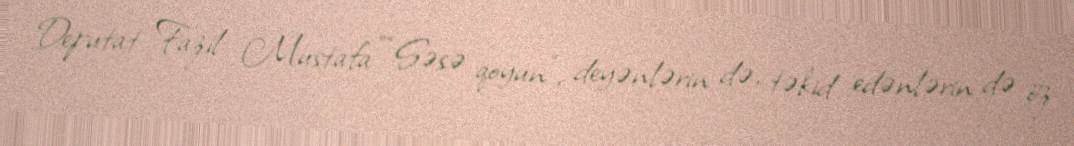
Deputat Fazil Mustafa ““Səsə qoyun”, deyənlərin də, təkid edənlərin də öz